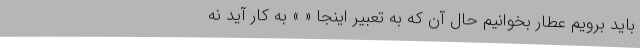
باید برویم عطار بخوانیم حال آن که به تعبیر اینجا « » به کار آید نه